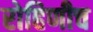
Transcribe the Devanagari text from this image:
रोहिणीच